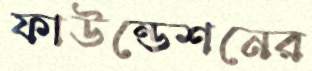
ফাউন্ডেশনের